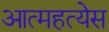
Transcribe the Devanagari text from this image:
आत्महत्येस